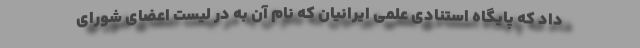
داد که پایگاه استنادی علمی ایرانیان که نام آن به در لیست اعضای شورای